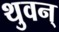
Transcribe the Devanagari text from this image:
थुवन्